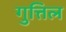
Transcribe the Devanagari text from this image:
गुत्तिल